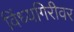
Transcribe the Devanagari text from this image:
विंध्यगिरीवर